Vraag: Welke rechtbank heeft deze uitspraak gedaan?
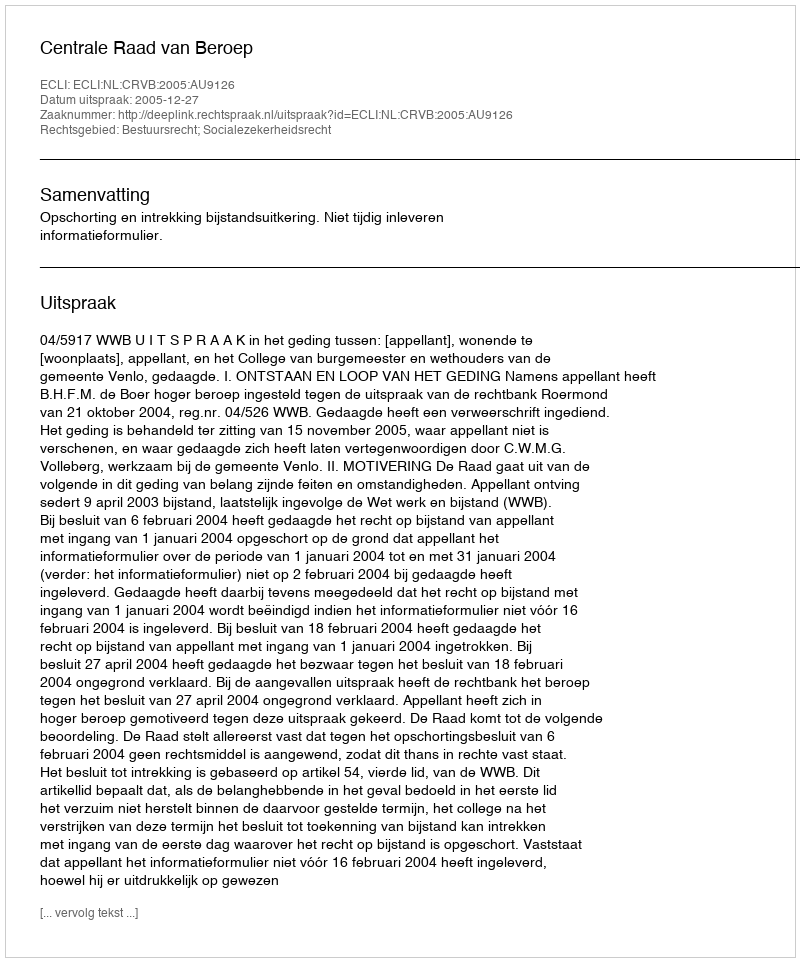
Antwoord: Centrale Raad van Beroep